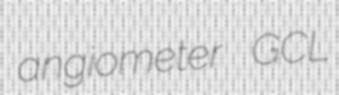
angiometer GCL